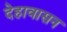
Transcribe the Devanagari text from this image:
देहावासन